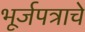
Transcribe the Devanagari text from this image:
भूर्जपत्राचे